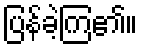
ပြန်ခဲ့ကြ၏။